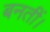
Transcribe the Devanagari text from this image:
बनतीं।